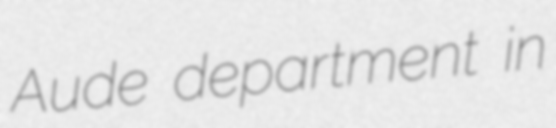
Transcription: Aude department in